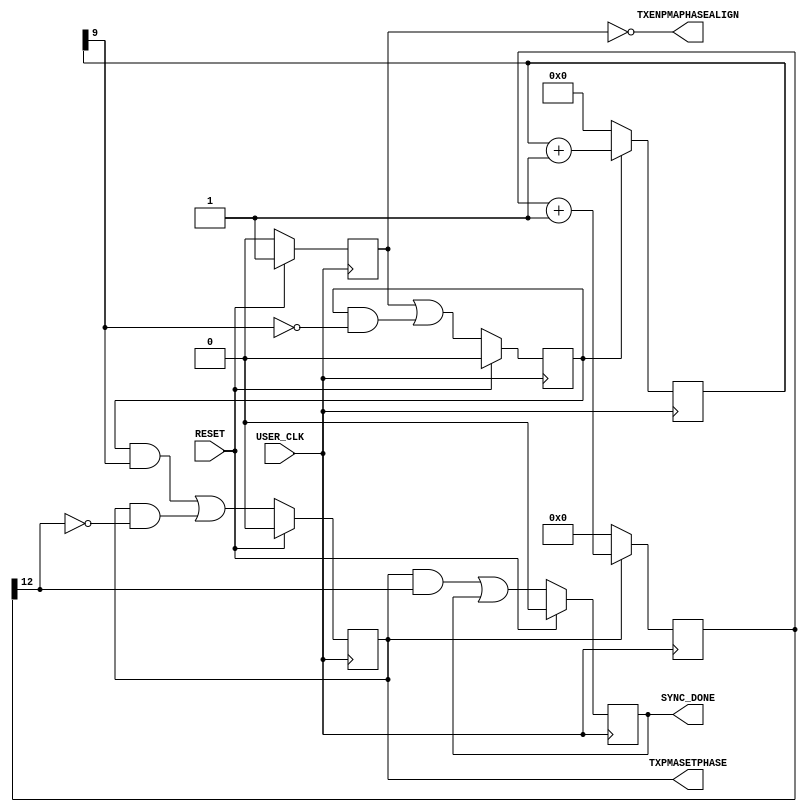

//-----------------------------------------------------------------------------
//
// (c) Copyright 2009-2010 Xilinx, Inc. All rights reserved.
//
// This file contains confidential and proprietary information
// of Xilinx, Inc. and is protected under U.S. and
// international copyright and other intellectual property
// laws.
//
// DISCLAIMER
// This disclaimer is not a license and does not grant any
// rights to the materials distributed herewith. Except as
// otherwise provided in a valid license issued to you by
// Xilinx, and to the maximum extent permitted by applicable
// law: (1) THESE MATERIALS ARE MADE AVAILABLE "AS IS" AND
// WITH ALL FAULTS, AND XILINX HEREBY DISCLAIMS ALL WARRANTIES
// AND CONDITIONS, EXPRESS, IMPLIED, OR STATUTORY, INCLUDING
// BUT NOT LIMITED TO WARRANTIES OF MERCHANTABILITY, NON-
// INFRINGEMENT, OR FITNESS FOR ANY PARTICULAR PURPOSE; and
// (2) Xilinx shall not be liable (whether in contract or tort,
// including negligence, or under any other theory of
// liability) for any loss or damage of any kind or nature
// related to, arising under or in connection with these
// materials, including for any direct, or any indirect,
// special, incidental, or consequential loss or damage
// (including loss of data, profits, goodwill, or any type of
// loss or damage suffered as a result of any action brought
// by a third party) even if such damage or loss was
// reasonably foreseeable or Xilinx had been advised of the
// possibility of the same.
//
// CRITICAL APPLICATIONS
// Xilinx products are not designed or intended to be fail-
// safe, or for use in any application requiring fail-safe
// performance, such as life-support or safety devices or
// systems, Class III medical devices, nuclear facilities,
// applications related to the deployment of airbags, or any
// other applications that could lead to death, personal
// injury, or severe property or environmental damage
// (individually and collectively, "Critical
// Applications"). Customer assumes the sole risk and
// liability of any use of Xilinx products in Critical
// Applications, subject only to applicable laws and
// regulations governing limitations on product liability.
//
// THIS COPYRIGHT NOTICE AND DISCLAIMER MUST BE RETAINED AS
// PART OF THIS FILE AT ALL TIMES.
//
//-----------------------------------------------------------------------------
// Project    : V5-Block Plus for PCI Express
//--------------------------------------------------------------------------------
//--------------------------------------------------------------------------------
//----------------------------------------------------------------------
//   ____  ____ 
//  /   /\/   / 
// /___/  \  /    Vendor: Xilinx 
// \   \   \/     Version : 1.4
//  \   \         Application : GTP Wizard 
//  /   /         Filename : tx_sync.v
// /___/   /\     Timestamp : 
// \   \  /  \ 
//  \___\/\___\ 
//
//
// Module TX_SYNC
// Generated by Xilinx GTP Wizard

`timescale 1ns / 1ps
`define DLY #1

module TX_SYNC_GTP 
(
    output          TXENPMAPHASEALIGN,
    output          TXPMASETPHASE,
    output          SYNC_DONE,
    input           USER_CLK,
    input           RESET

);

//*******************************Register Declarations************************

    reg            begin_r;
    reg            phase_align_r;
    reg            ready_r;
    reg   [14:0]   sync_counter_r;
    reg   [9:0]    wait_before_sync_r;
    reg            wait_stable_r;
    
//*******************************Wire Declarations****************************
    
    wire           count_512_complete_r;
    wire           next_phase_align_c;
    wire           next_ready_c;
    wire           next_wait_stable_c;
    wire           sync_count_complete_r;

//*******************************Main Body of Code****************************

    //________________________________ State machine __________________________    
    // This state machine manages the phase alingnment procedure of the GTP.
    // The module is held in reset till the usrclk source is stable.In the 
    // case of buffer bypass where the refclkout is used to clock the usrclks,
    // the usrclk stable indication is given the pll_locked signal.
    // Once the pll_lock is asserted, state machine goes into the wait_stable_r
    // for 512 cycles to allow some time to ensure the pll is stable. After this, 
    // it goes into the phase_align_r state where the phase alignment procedure is 
    // executed. This involves asserting the TXENPHASEALIGN and TXPMASETPHASE for 
    // the recommended number of clock cycles
    
    // State registers
    always @(posedge USER_CLK)
        if(RESET)
            {begin_r,wait_stable_r,phase_align_r,ready_r}  <=  `DLY    4'b1000;
        else
        begin
            begin_r                <=  `DLY    1'b0;
            wait_stable_r          <=  `DLY    next_wait_stable_c;
            phase_align_r          <=  `DLY    next_phase_align_c;
            ready_r                <=  `DLY    next_ready_c;
        end

    // Next state logic
    assign  next_wait_stable_c      =   begin_r |
                                        (wait_stable_r & !count_512_complete_r);
                                        
    assign  next_phase_align_c      =   (wait_stable_r & count_512_complete_r) |
                                        (phase_align_r & !sync_count_complete_r);
                                        

    assign  next_ready_c            =   (phase_align_r & sync_count_complete_r) |
                                        ready_r;



    //_________ Counter for to wait for pll to be stable before sync __________
    always @(posedge USER_CLK)
    begin
        if (!wait_stable_r)
            wait_before_sync_r <= `DLY  10'b000000000;
        else
            wait_before_sync_r <= `DLY  wait_before_sync_r + 1'b1;
    end

    assign count_512_complete_r = wait_before_sync_r[9];

    //_______________ Counter for holding SYNC for SYNC_CYCLES ________________
    always @(posedge USER_CLK)
    begin
        if (!phase_align_r)
            sync_counter_r <= `DLY  15'b000000000000000;
        else
            sync_counter_r <= `DLY  sync_counter_r + 1'b1;
    end

    assign sync_count_complete_r = sync_counter_r[12];

    //_______________ Assign the phase align ports into the GTP _______________

    assign TXENPMAPHASEALIGN = !begin_r;
    assign TXPMASETPHASE     = phase_align_r;

    //_______________________ Assign the sync_done port _______________________
    
    assign SYNC_DONE = ready_r;
    
    
endmodule